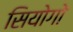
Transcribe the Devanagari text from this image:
सियोगो